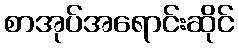
စာအုပ်အရောင်းဆိုင်